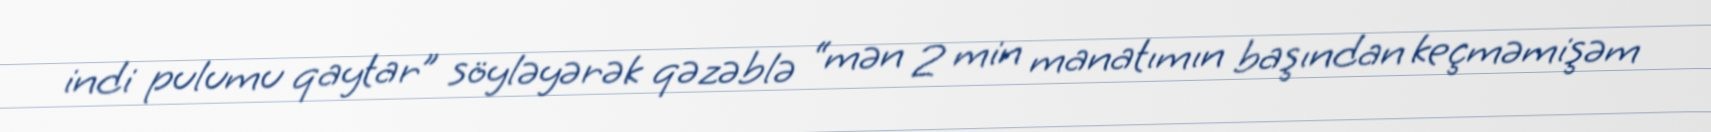
indi pulumu qaytar” söyləyərək qəzəblə “mən 2 min manatımın başından keçməmişəm